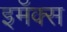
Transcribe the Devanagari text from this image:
इमॅक्स